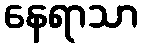
နေရာသာ